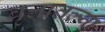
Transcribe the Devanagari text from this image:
वृत्तातल्या